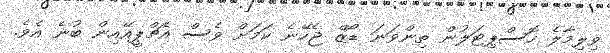
ވިލިމާލެ ހޮސްޕިޓަލުން ތިންވަނަ ޑޯޒް ޖެހޭނެ ކަމަށް ވެސް އެޗްޕީއޭއިން ބުނެ އެވެ.